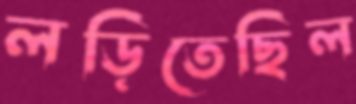
লড়িতেছিল